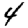
Digit: 4